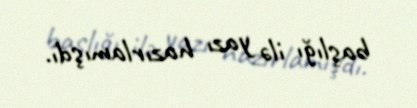
başlığı ilə yazı hazırlamışdı.